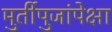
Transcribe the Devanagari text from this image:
मुर्तीपुजांपेक्षा